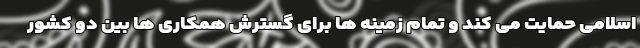
اسلامی حمایت می کند و تمام زمینه ها برای گسترش همکاری ها بین دو کشور